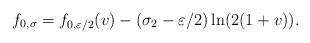
LaTeX: \begin{align*}f_{0,\sigma}=f_{0,\varepsilon/2}(v)-(\sigma_2-\varepsilon/2)\ln(2(1+v)).\end{align*}